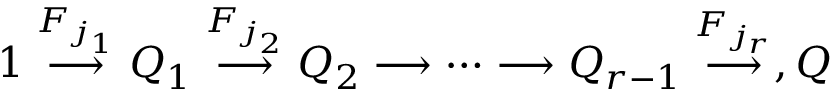
1 \stackrel { F _ { j _ { 1 } } } { \longrightarrow } Q _ { 1 } \stackrel { F _ { j _ { 2 } } } { \longrightarrow } Q _ { 2 } \longrightarrow \cdots \longrightarrow Q _ { r - 1 } \stackrel { F _ { j _ { r } } } { \longrightarrow } , Q